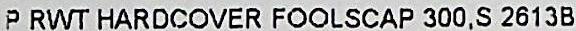
P RWT HARDCOVER FOOLSCAP 300.S 2613B